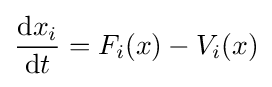
{\frac {\mathrm {d} x_{i}}{\mathrm {d} t}}=F_{i}(x)-V_{i}(x)